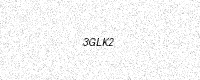
Text: 3GLK2